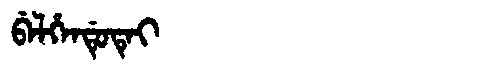
Manchu: ᠪᡝᠯᡥᡝᠨᡩᡠᡨᡝᡳ
Romanization: BELHENDUTEI